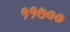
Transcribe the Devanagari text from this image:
११७००